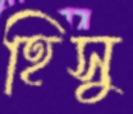
হিসু